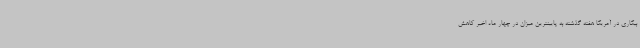
بیکاری در آمریکا هفته گذشته به پایینترین میزان در چهار ماه اخیر کاهش